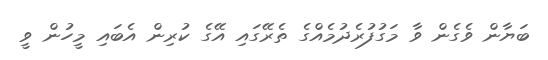
ބަޔާން ވެގެން ވާ މަގުފުރެދުމެއްގެ ތެރޭގައި އޭގެ ކުރިން އެބައި މީހުން ވީ